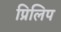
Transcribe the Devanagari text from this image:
प्रिलिप